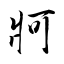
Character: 牁